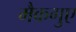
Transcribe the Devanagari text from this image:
मैकगुए